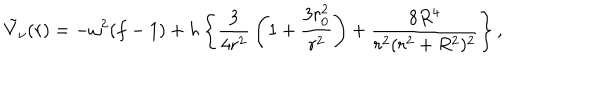
\tilde { V } _ { \nu } ( r ) = - \omega ^ { 2 } ( f - 1 ) + h \left\{ { \frac { 3 } { 4 r ^ { 2 } } } \left( 1 + { \frac { 3 r _ { 0 } ^ { 2 } } { r ^ { 2 } } } \right) + { \frac { 8 R ^ { 4 } } { r ^ { 2 } ( r ^ { 2 } + R ^ { 2 } ) ^ { 2 } } } \right\} ,